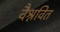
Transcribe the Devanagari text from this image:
वैश्नवित